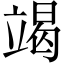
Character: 竭